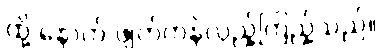
ထို့ နောက် ဖျတ်ကနဲလှည့်ကြည့်သည်။